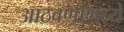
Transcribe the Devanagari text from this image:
आठवणीमध्ये